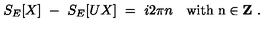
S _ { E } [ X ] \ - \ S _ { E } [ U X ] \ = \ i 2 \pi n \quad \mathrm { w i t h \ n \in { \bf Z } } \ .